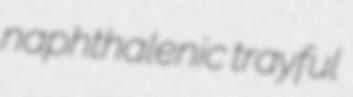
naphthalenic trayful